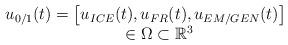
LaTeX: \begin{align*}\begin{array}{c}u_{0/1}(t)={{\left[ u_{ICE}(t),u_{FR}(t),u_{EM/GEN}(t) \right]}^{}} \\\ \ \ \ \ \in \Omega \subset {{\mathbb{R}}^{3}} \\\end{array}\end{align*}